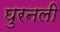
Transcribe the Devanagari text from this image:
घुरनली